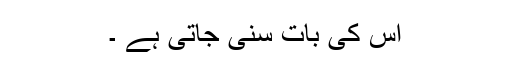
اس کی بات سنی جاتی ہے ۔